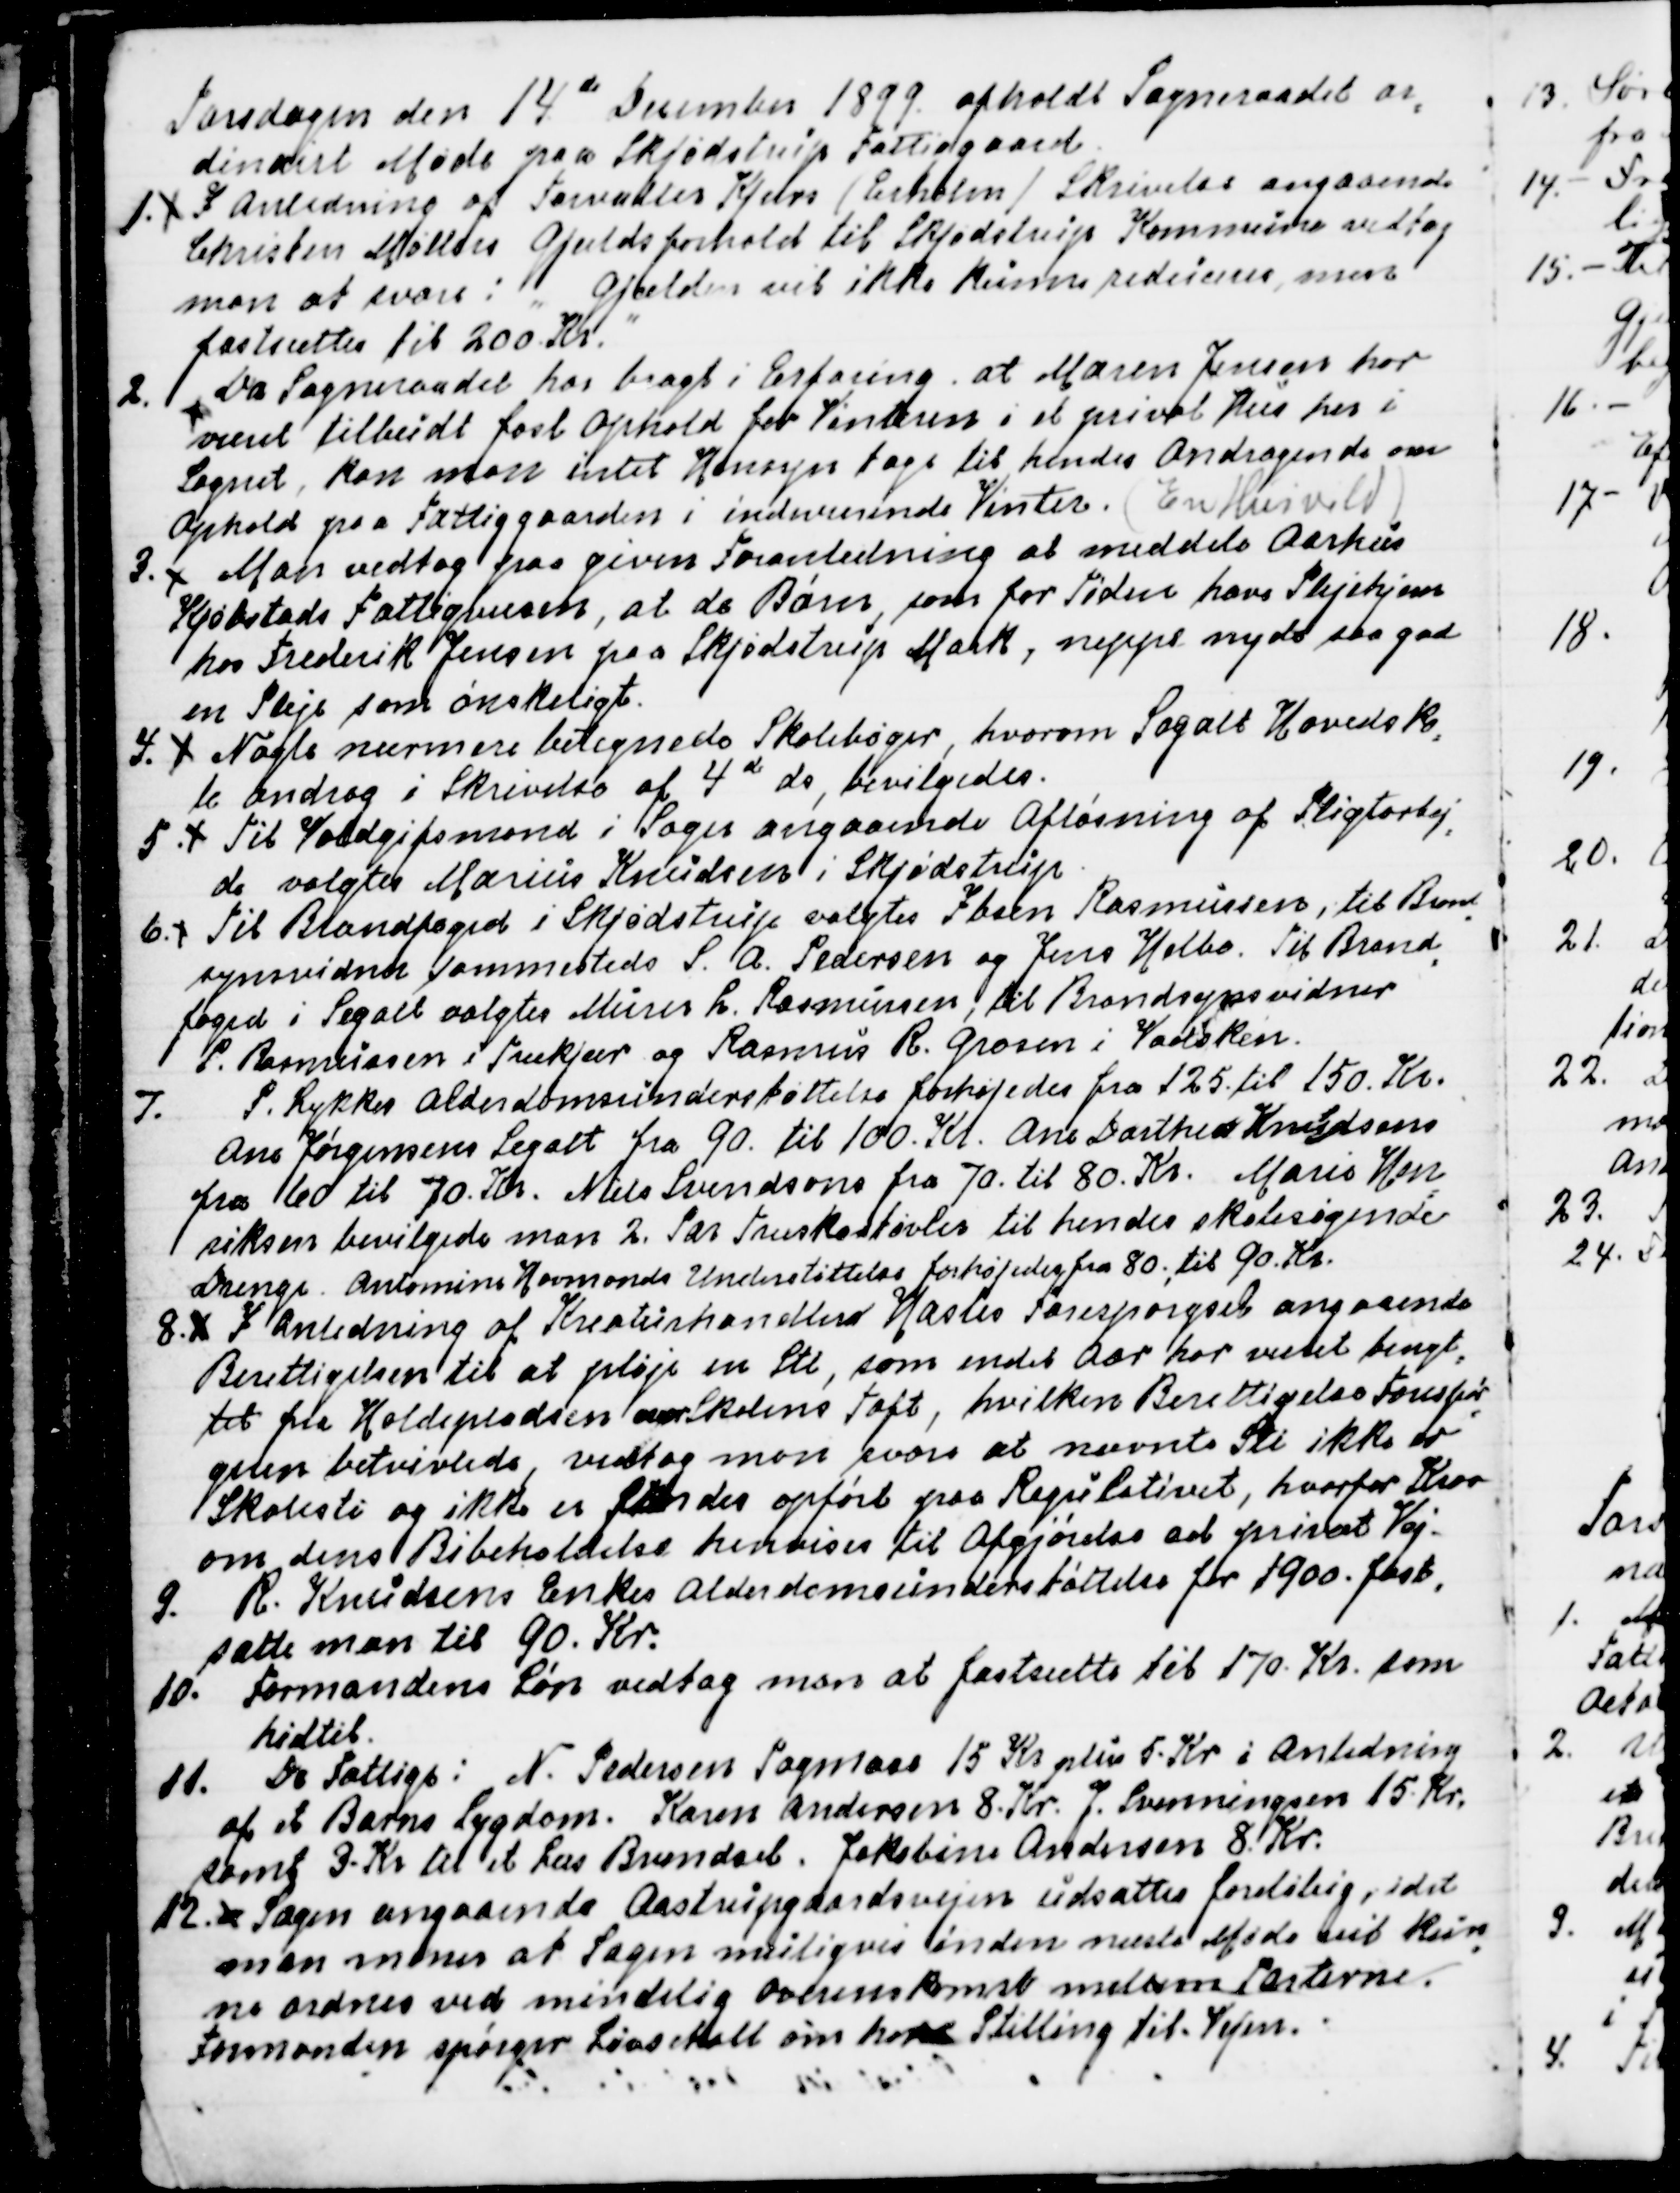
Transskription:
Torsdagen den 14de December 1899 afholdt Sogneraadet or
=
dinairt Møde paa Skjødstrup Fattiggaard.
1. 
I Anledning af Forvalter Kjers (Erholm) Skrivelse angaaende
Christen Møllers Gjældsforhold til Skødstrup Kommune vedtog
man ar svare: "Gjælden vil ikke kunne reduceres, men 
fastsættes til 200 Kr."
2. Da Sogneraadet har bragt i Erfaring at Maren Jensen har
været tilbudt fast Ophold for Vinteren i et privat Hus her i
Sognet, kan man intet Hensyn tage til hendes Andragende om
Ophold i Fattiggaarden i indeværende Vinter. (En Husvild)
3. Man vedtog paa given Foranledning at meddele Aarhus
Kjøbstads Fattigvæsen, at de Børn, som for Tiden have Plejehjem
hos Frederik Jensen paa Skjødstrup Mark, neppe nyde saa god
en Pleje som ønskeligt.
4.
Nogle nærmere betegnede Skolebøger, hvorom Segalt Hovedsko
=
le androg i Skrivelse af 4de ds, bevilgedes.
5
Til Voldgiftsmand i Sager angaaende Afløsning af Pligtarbej
=
de valgtes Marius Knudsen i Skjødstrup
6. Til Brandfoged i Skjødstrup valgtes Ibsen Rasmussen, til Brand
=
synsvidne sammesteds S. A. Pedersen og Jens Helbo. Til Brand
=
foged i Segalt valgtes Murer L. Rasmussen, til Brandsynsvidner
P. Rasmussen i Trækjær og Rasmus R. Grosen i Vadsken.
7. P. Lykkes Alderdomsunderstøttelse forhøjedes fra 125. til 150. Kr.
Ane Jørgensens Segalt fra 90. til 100. Kr. Ane Dorthea Knudsens
fra 60 til 70. Kr. Niels Svendsons fra 70. til 80. Kr. Marie Hen
=
riksen bevilgede man 2. Par Træskostøvler til hendes skolesøgende
Drenge. Antomine Hovmonds Understøttelse forhøjedes fra 80. til 90. Kr.
8. I Anledning af Kreaturhandler Hasles Forespørgsel angaaende
Berettigelsen til at pløje en Sti, som endel Aar har været benyt
=
tet fra Holdepladsen over Skolens Toft, hvilken Berettigelse Forespør
=
geren betvivlede, vedtog man svare at nævnte Sti ikke er
Skolesti og ikke er Stien der opført paa Regulativet, hvorfor Krav
om dens Bibeholdelse henvises til Afgørelse ad privat Vej.
9. R. Knudsens Enkes Alderdomsunderstøttelse for 1900. fast
=
satte man til 90. Kr.
10. Formandens Løn vedtog man at fastsætte til 170. Kr. som
hidtil.
11. De Fattige: N. Pedersen Tagmose 15 Kr plus 5. Kr i Anledning
af et Barns Sygdom. Karen Andersen 8. Kr. J. Svenningsen 15. Kr.
samt 3. Kr til et Læs Brændsel. Jakobine Andersen 8. Kr.
12. Sagen angaaende Aastrupgaardsvejen udsattes foreløbig, idet
man mener at Sagen muligvis inden næste Møde vil kun
=
ne ordnes ved mindelig Overenskomst mellem Parterne.
Formanden spørger Løvschall om hans Stilling til Vejen.